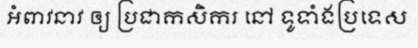
អំពាវនាវ ឲ្យ ប្រជាកសិករ នៅ ទូទាំងប្រទេស